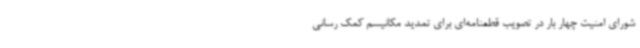
شورای امنیت چهار بار در تصویب قطعنامه‌ای برای تمدید مکانیسم کمک رسانی